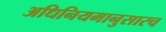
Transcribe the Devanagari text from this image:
अधिनियमानुसारच